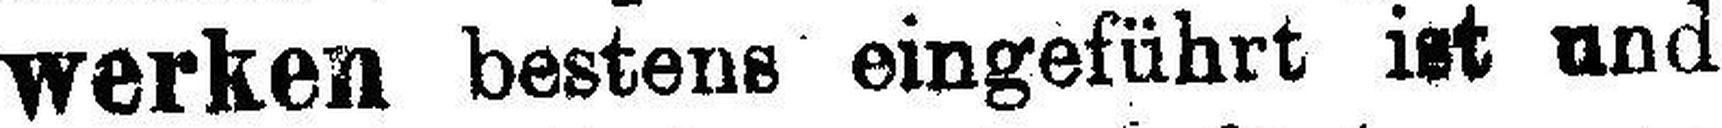
werken bestens eingeführt ist und